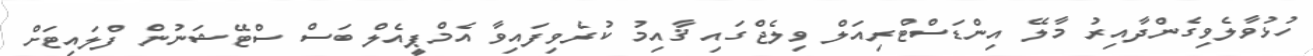
ހުޅުވާލެވިގެންދާއިރު މާލޭ އިންޑަސްޓްރިއަލް ވިލެޖްގައި ޤާއިމު ކުރެވިފައިވާ އެމްޕީއެލް ބަސް ސްޓޭޝަނުން ފްލައިޓަށް